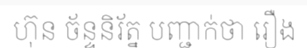
ហ៊ុន ច័ន្ទនិរ័ត្ន បញ្ជាក់ថា រឿង